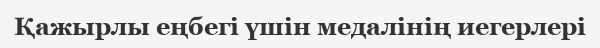
Қажырлы еңбегі үшін медалінің иегерлері